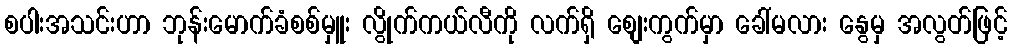
စပါးအသင်းဟာ ဘုန်းမောက်ခံစစ်မှူး လွိုက်ကယ်လီကို လက်ရှိ စျေးကွက်မှာ ခေါ်မလား နွေမှ အလွတ်ဖြင့်